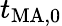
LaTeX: t_{\mathrm{MA},0}